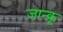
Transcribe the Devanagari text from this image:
जान्कू